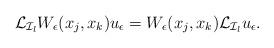
LaTeX: \begin{align*}\mathcal{L}_{\mathcal{I}_l} W_\epsilon(x_j,x_k) u_\epsilon=W_\epsilon(x_j,x_k)\mathcal{L}_{\mathcal{I}_l} u_\epsilon.\end{align*}